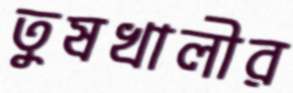
তুষখালীর